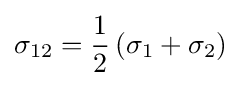
{\sigma _{12}}={\frac {1}{2}}\left({{\sigma _{1}}+{\sigma _{2}}}\right)